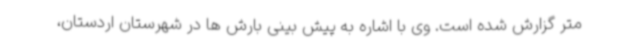
متر گزارش شده است. وی با اشاره به پیش بینی بارش ها در شهرستان اردستان،